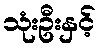
သုံးဦးနှင့်